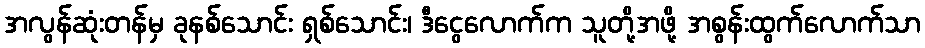
အလွန်ဆုံးတန်မှ ခုနစ်သောင်း ရှစ်သောင်း၊ ဒီငွေလောက်က သူတို့အဖို့ အစွန်းထွက်လောက်သာ